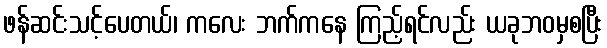
ဖန်ဆင်းသင့်ပေတယ်၊ ကလေး ဘက်ကနေ ကြည့်ရင်လည်း ယခုဘဝမှစပြီး